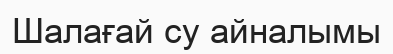
Шалағай су айналымы